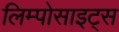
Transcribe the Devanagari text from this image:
लिम्पोसाइट्स